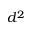
d ^ { 2 }